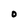
Character: o